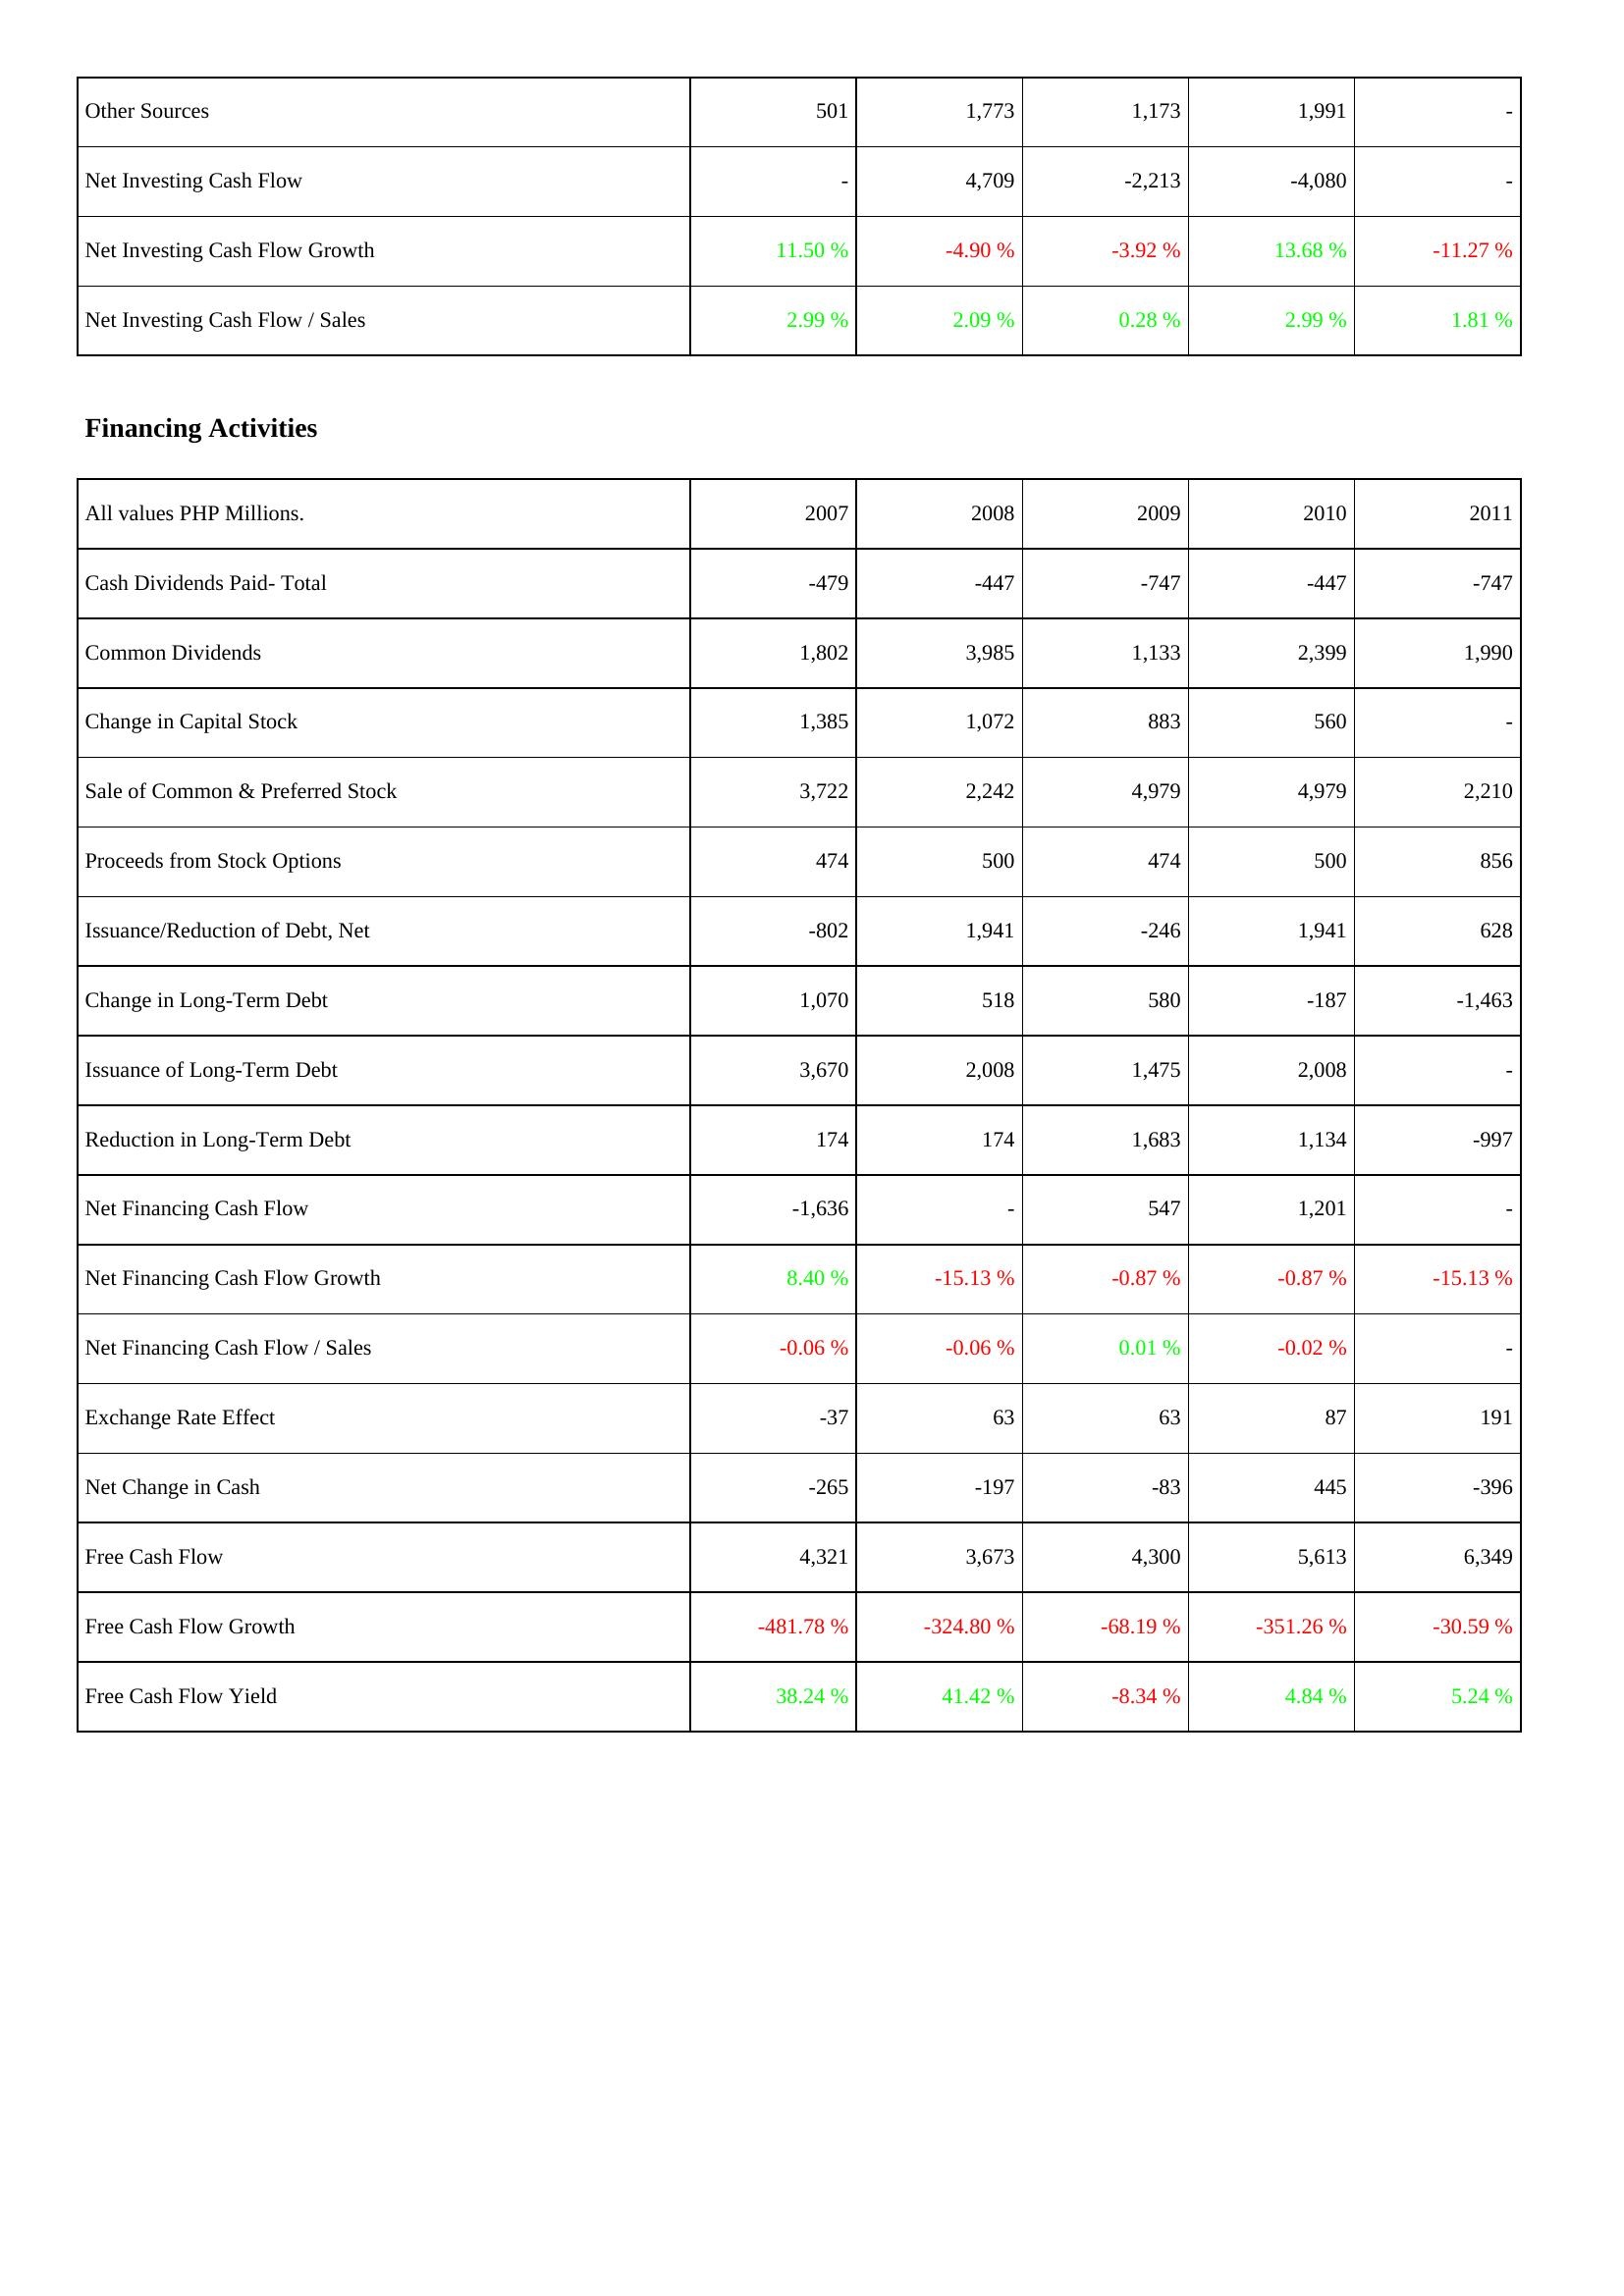
2007: Investing Activities: Other Sources: 501
Net Investing Cash Flow: -
Net Investing Cash Flow Growth: 11.50 %
Net Investing Cash Flow / Sales: 2.99 %
Financing Activities: Cash Dividends Paid- Total: -479
Common Dividends: 1,802
Change in Capital Stock: 1,385
Sale of Common & Preferred Stock: 3,722
Proceeds from Stock Options: 474
Issuance/Reduction of Debt, Net: -802
Change in Long-Term Debt: 1,070
Issuance of Long-Term Debt: 3,670
Reduction in Long-Term Debt: 174
Net Financing Cash Flow: -1,636
Net Financing Cash Flow Growth: 8.40 %
Net Financing Cash Flow / Sales: -0.06 %
Exchange Rate Effect: -37
Net Change in Cash: -265
Free Cash Flow: 4,321
Free Cash Flow Growth: -481.78 %
Free Cash Flow Yield: 38.24 %
2008: Investing Activities: Other Sources: 1,773
Net Investing Cash Flow: 4,709
Net Investing Cash Flow Growth: -4.90 %
Net Investing Cash Flow / Sales: 2.09 %
Financing Activities: Cash Dividends Paid- Total: -447
Common Dividends: 3,985
Change in Capital Stock: 1,072
Sale of Common & Preferred Stock: 2,242
Proceeds from Stock Options: 500
Issuance/Reduction of Debt, Net: 1,941
Change in Long-Term Debt: 518
Issuance of Long-Term Debt: 2,008
Reduction in Long-Term Debt: 174
Net Financing Cash Flow: -
Net Financing Cash Flow Growth: -15.13 %
Net Financing Cash Flow / Sales: -0.06 %
Exchange Rate Effect: 63
Net Change in Cash: -197
Free Cash Flow: 3,673
Free Cash Flow Growth: -324.80 %
Free Cash Flow Yield: 41.42 %
2009: Investing Activities: Other Sources: 1,173
Net Investing Cash Flow: -2,213
Net Investing Cash Flow Growth: -3.92 %
Net Investing Cash Flow / Sales: 0.28 %
Financing Activities: Cash Dividends Paid- Total: -747
Common Dividends: 1,133
Change in Capital Stock: 883
Sale of Common & Preferred Stock: 4,979
Proceeds from Stock Options: 474
Issuance/Reduction of Debt, Net: -246
Change in Long-Term Debt: 580
Issuance of Long-Term Debt: 1,475
Reduction in Long-Term Debt: 1,683
Net Financing Cash Flow: 547
Net Financing Cash Flow Growth: -0.87 %
Net Financing Cash Flow / Sales: 0.01 %
Exchange Rate Effect: 63
Net Change in Cash: -83
Free Cash Flow: 4,300
Free Cash Flow Growth: -68.19 %
Free Cash Flow Yield: -8.34 %
2010: Investing Activities: Other Sources: 1,991
Net Investing Cash Flow: -4,080
Net Investing Cash Flow Growth: 13.68 %
Net Investing Cash Flow / Sales: 2.99 %
Financing Activities: Cash Dividends Paid- Total: -447
Common Dividends: 2,399
Change in Capital Stock: 560
Sale of Common & Preferred Stock: 4,979
Proceeds from Stock Options: 500
Issuance/Reduction of Debt, Net: 1,941
Change in Long-Term Debt: -187
Issuance of Long-Term Debt: 2,008
Reduction in Long-Term Debt: 1,134
Net Financing Cash Flow: 1,201
Net Financing Cash Flow Growth: -0.87 %
Net Financing Cash Flow / Sales: -0.02 %
Exchange Rate Effect: 87
Net Change in Cash: 445
Free Cash Flow: 5,613
Free Cash Flow Growth: -351.26 %
Free Cash Flow Yield: 4.84 %
2011: Investing Activities: Other Sources: -
Net Investing Cash Flow: -
Net Investing Cash Flow Growth: -11.27 %
Net Investing Cash Flow / Sales: 1.81 %
Financing Activities: Cash Dividends Paid- Total: -747
Common Dividends: 1,990
Change in Capital Stock: -
Sale of Common & Preferred Stock: 2,210
Proceeds from Stock Options: 856
Issuance/Reduction of Debt, Net: 628
Change in Long-Term Debt: -1,463
Issuance of Long-Term Debt: -
Reduction in Long-Term Debt: -997
Net Financing Cash Flow: -
Net Financing Cash Flow Growth: -15.13 %
Net Financing Cash Flow / Sales: -
Exchange Rate Effect: 191
Net Change in Cash: -396
Free Cash Flow: 6,349
Free Cash Flow Growth: -30.59 %
Free Cash Flow Yield: 5.24 %